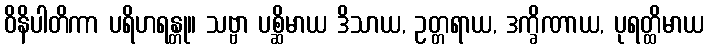
ဝိနိပါတိကာ ပရိဟရန္တု။ သဗ္ဗာ ပစ္ဆိမာယ ဒိသာယ, ဥတ္တရာယ, ဒက္ခိဏာယ, ပုရတ္ထိမာယ